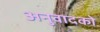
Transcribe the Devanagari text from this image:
अनुवादको